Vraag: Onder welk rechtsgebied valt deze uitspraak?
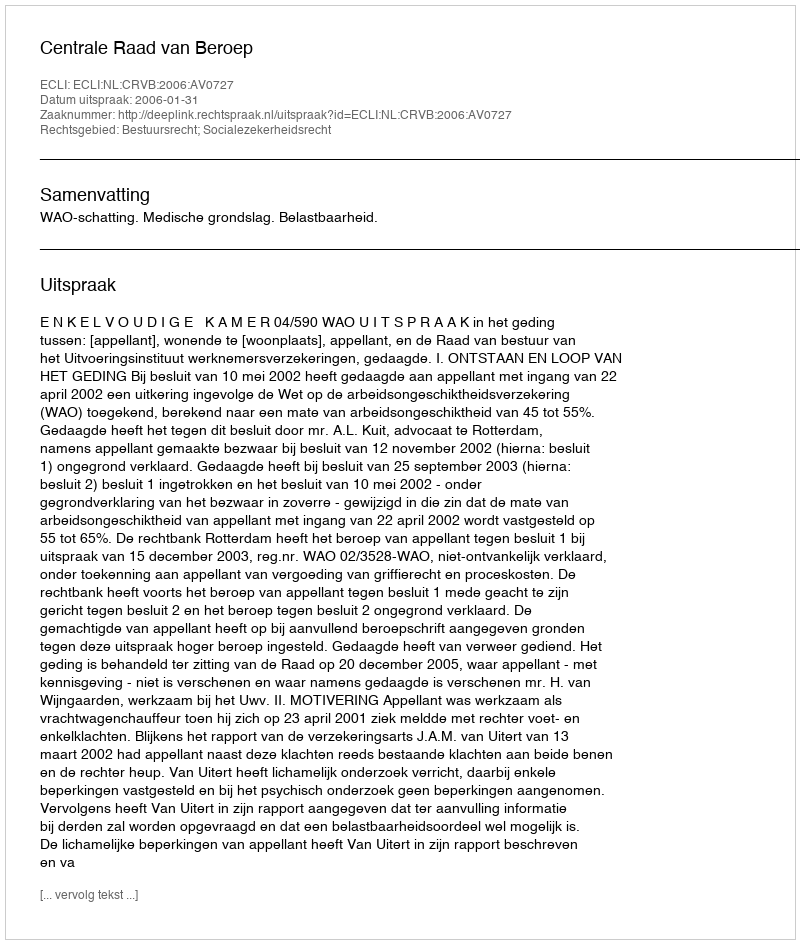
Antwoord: Bestuursrecht; Socialezekerheidsrecht